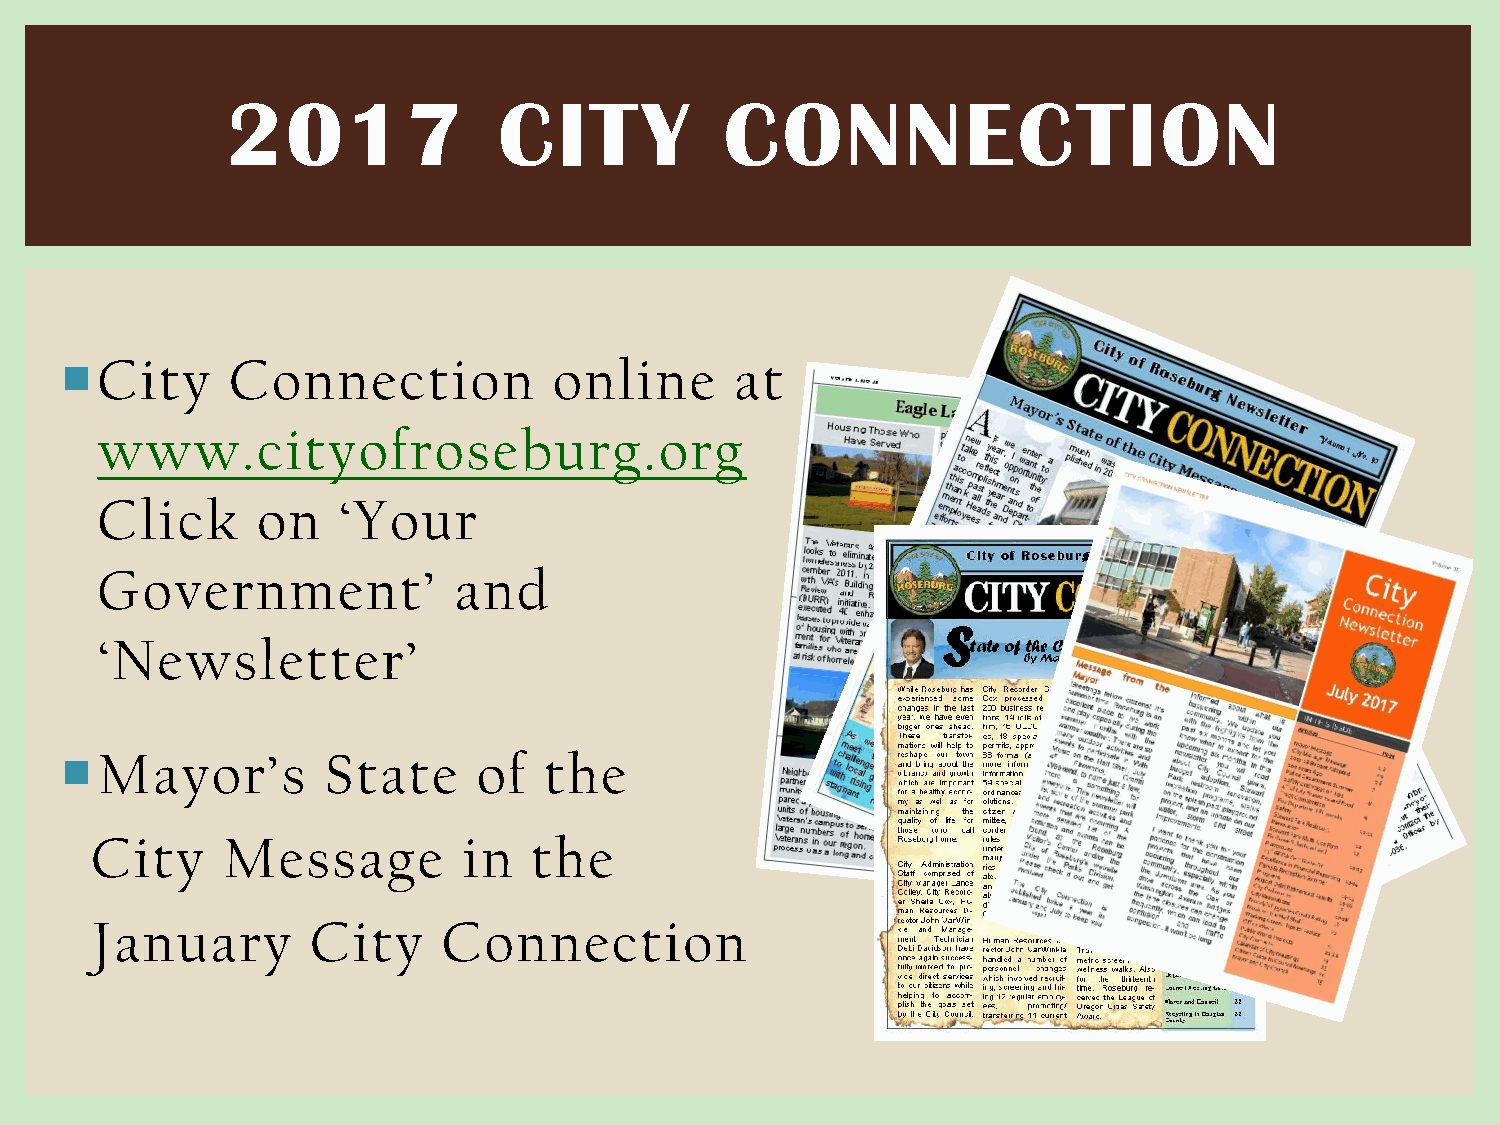
2017              CITY           CONNECTION
 City      Connection            online      at
 www.cityofroseburg.org
 Click      on   ‘Your
 Government’             and
 ‘Newsletter’
 Mayor’s         State      of  the
 City     Message         in  the
 January        City    Connection